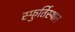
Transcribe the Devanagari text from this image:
स्फुर्तिस्थान